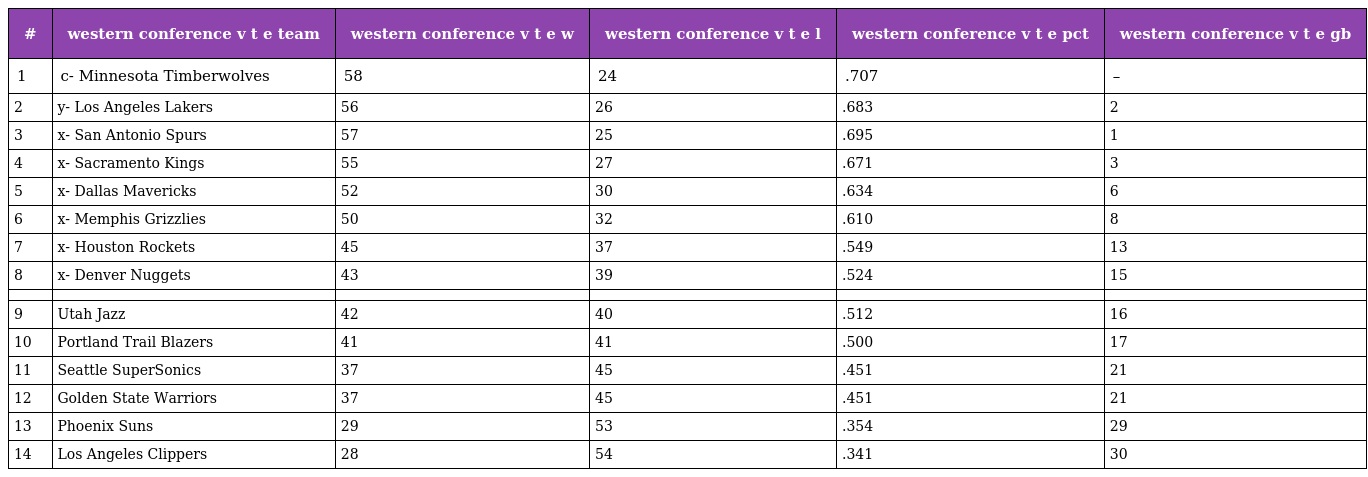
| # | western conference v t e team | western conference v t e w | western conference v t e l | western conference v t e pct | western conference v t e gb |
 | --- | --- | --- | --- | --- | --- |
 | 1 | c- Minnesota Timberwolves | 58 | 24 | .707 | – |
 | 2 | y- Los Angeles Lakers | 56 | 26 | .683 | 2 |
 | 3 | x- San Antonio Spurs | 57 | 25 | .695 | 1 |
 | 4 | x- Sacramento Kings | 55 | 27 | .671 | 3 |
 | 5 | x- Dallas Mavericks | 52 | 30 | .634 | 6 |
 | 6 | x- Memphis Grizzlies | 50 | 32 | .610 | 8 |
 | 7 | x- Houston Rockets | 45 | 37 | .549 | 13 |
 | 8 | x- Denver Nuggets | 43 | 39 | .524 | 15 |
 |  |  |  |  |  |  |
 | 9 | Utah Jazz | 42 | 40 | .512 | 16 |
 | 10 | Portland Trail Blazers | 41 | 41 | .500 | 17 |
 | 11 | Seattle SuperSonics | 37 | 45 | .451 | 21 |
 | 12 | Golden State Warriors | 37 | 45 | .451 | 21 |
 | 13 | Phoenix Suns | 29 | 53 | .354 | 29 |
 | 14 | Los Angeles Clippers | 28 | 54 | .341 | 30 |